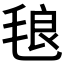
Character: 𭯙